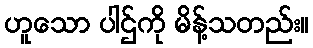
ဟူသော ပါဌ်ကို မိန့်သတည်း။